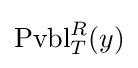
\operatorname {Pvbl} _{T}^{R}(y)